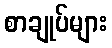
စာချုပ်များ